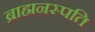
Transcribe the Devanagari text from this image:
ब्राह्मनस्पति